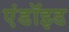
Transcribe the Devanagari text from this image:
एंडॉइड